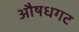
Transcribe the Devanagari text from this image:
औषधगट